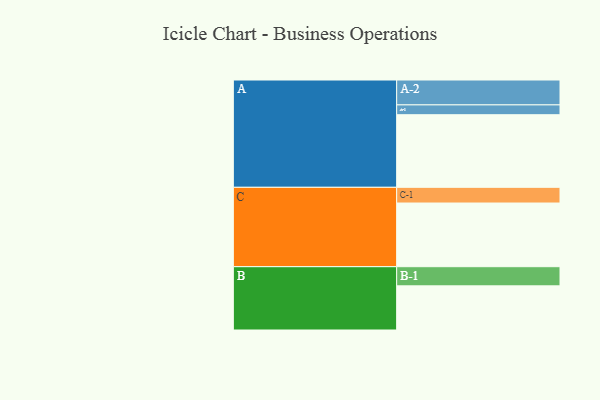
{"axis": {"x": "Segment", "y": "Value"}, "legend": ["", "A", "B", "C"], "data": [{"x": "A", "y": 569, "type": ""}, {"x": "B", "y": 346, "type": ""}, {"x": "C", "y": 499, "type": ""}, {"x": "A-1", "y": 77, "type": "A"}, {"x": "A-2", "y": 195, "type": "A"}, {"x": "B-1", "y": 150, "type": "B"}, {"x": "C-1", "y": 123, "type": "C"}]}